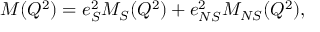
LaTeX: M ( Q ^ { 2 } ) = e _ { S } ^ { 2 } M _ { S } ( Q ^ { 2 } ) + e _ { N S } ^ { 2 } M _ { N S } ( Q ^ { 2 } ) ,